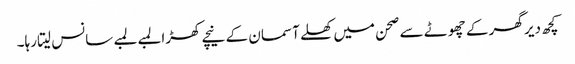
کچھ دیر گھر کے چھوٹے سے صحن میں کھلے آسمان کے نیچے کھڑا لمبے لمبے سانس لیتا رہا۔